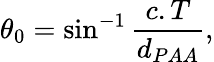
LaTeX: \theta_{0}=\sin^{-1}\frac{c.T}{d_{PAA}},